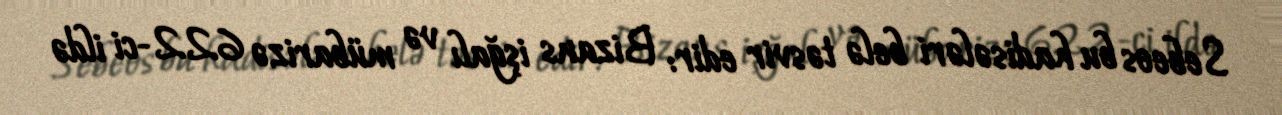
Sebeos bu hadisələri belə təsvir edir: Bizans işğalı və mübarizə 622-ci ildə